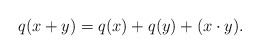
\begin{align*}q(x+y)=q(x)+q(y)+(x\cdot y).\end{align*}